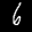
Label: 6